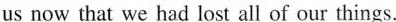
us now that we had lost all of our things